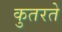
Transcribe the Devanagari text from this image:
कुतरते